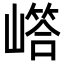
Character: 𡼪